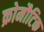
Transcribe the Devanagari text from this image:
क्रोमौटिक